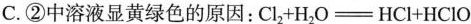
C.②中溶液显黄绿色的原因：$$C l _ { 2 } + H _ { 2 } O = H C l + H C l O$$